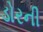
ડોરની